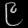
Digit: ၉